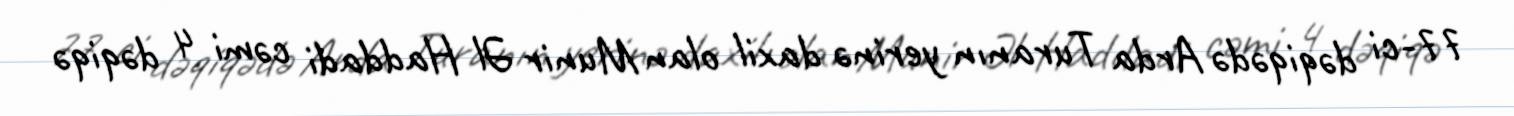
77-ci dəqiqədə Arda Turanın yerinə daxil olan Munir Əl Haddadi cəmi 4 dəqiqə